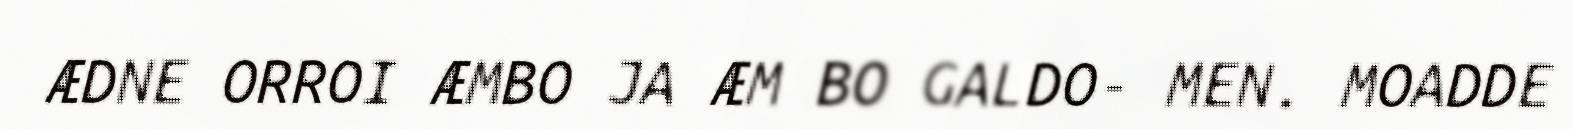
ÆDNE ORROI ÆMBO JA ÆM BO GALDO- MEN. MOADDE